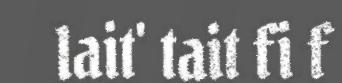
lait' tait fi f